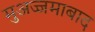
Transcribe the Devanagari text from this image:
मुअज्जमाबाद